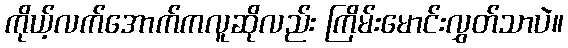
ကိုယ့်လက်အောက်ကလူဆိုလည်း ကြိမ်းမောင်းလွှတ်သာပဲ။